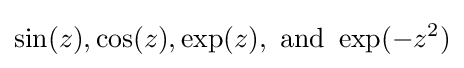
\sin(z),\cos(z),\exp(z),{\text{ and }}\exp(-z^{2})